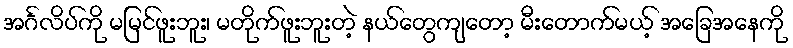
အင်္ဂလိပ်ကို မမြင်ဖူးဘူး၊ မတိုက်ဖူးဘူးတဲ့ နယ်တွေကျတော့ မီးတောက်မယ့် အခြေအနေကို